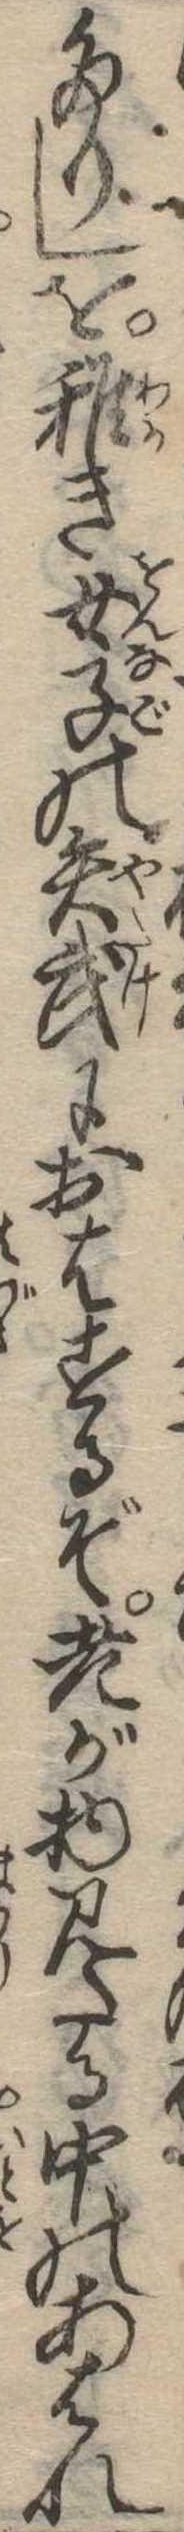
たりしを稚き女子の矢武におはするぞ老が物見たる中のあはれ